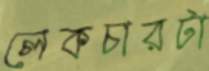
লেকচারটা